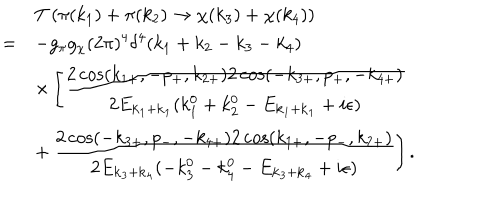
\begin{array} { r l } { { } } & { { T \left( \pi ( k _ { 1 } ) + \pi ( k _ { 2 } ) \to \chi ( k _ { 3 } ) + \chi ( k _ { 4 } ) \right) } } \\ { { = } } & { { \displaystyle - g _ { \pi } g _ { \chi } ( 2 \pi ) ^ { 4 } \delta ^ { 4 } ( k _ { 1 } + k _ { 2 } - k _ { 3 } - k _ { 4 } ) } } \\ { { } } & { { \displaystyle \times \left[ \frac { 2 \cos ( k _ { 1 + } , - p _ { + } , k _ { 2 + } ) 2 \cos ( - k _ { 3 + } , p _ { + } , - k _ { 4 + } ) } { 2 E _ { { \bf k } _ { 1 } + { \bf k } _ { 1 } } ( k _ { 1 } ^ { 0 } + k _ { 2 } ^ { 0 } - E _ { { \bf k } _ { 1 } + { \bf k } _ { 1 } } + i \epsilon ) } \right. } } \\ { { } } & { { \displaystyle + \left. \frac { 2 \cos ( - k _ { 3 + } , p _ { - } , - k _ { 4 + } ) 2 \cos ( k _ { 1 + } , - p _ { - } , k _ { 2 + } ) } { 2 E _ { { \bf k } _ { 3 } + { \bf k } _ { 4 } } ( - k _ { 3 } ^ { 0 } - k _ { 4 } ^ { 0 } - E _ { { \bf k } _ { 3 } + { \bf k } _ { 4 } } + i \epsilon ) } \right] . } } \\ \end{array}